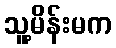
သူ့မိန်းမက